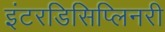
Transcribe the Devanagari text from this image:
इंटरडिसिप्लिनरी